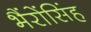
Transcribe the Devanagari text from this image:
भैंरोंसिंह